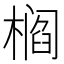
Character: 𰘠